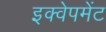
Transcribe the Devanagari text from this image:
इक्वेपमेंट